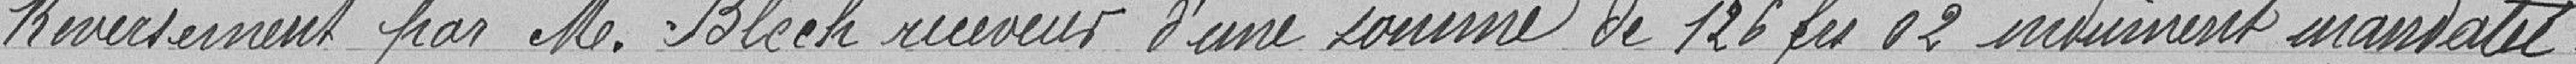
Reversement par M. Bloch receveur d'une somme de 126 francs 02 indûment mandaté.